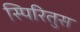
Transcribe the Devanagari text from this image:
स्पिरितुस